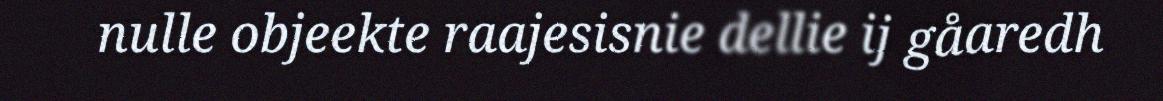
nulle objeekte raajesisnie dellie ij gåaredh